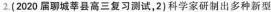
2(2020届聊城莘县高三复习测试，2)科学家研制出多种新型